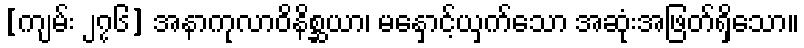
[ကျမ်း ၂၇၆] အနာကုလာဝိနိစ္ဆယာ၊ မနှောင့်ယှက်သော အဆုံးအဖြတ်ရှိသော။